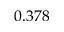
0 . 3 7 8